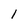
Character: 1